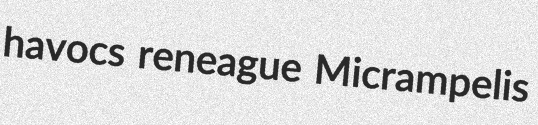
havocs reneague Micrampelis